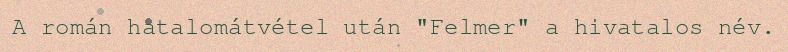
A román hatalomátvétel után "Felmer" a hivatalos név.